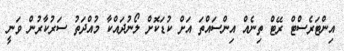
އިންޓަރެސްޓް ރޭޓް ތިނެއް އިންސައްތަ އަށް ކުޑަކޮށް ލޯނުދައްކާ މުއްދަތު ސަރުކާރުން ވަނީ